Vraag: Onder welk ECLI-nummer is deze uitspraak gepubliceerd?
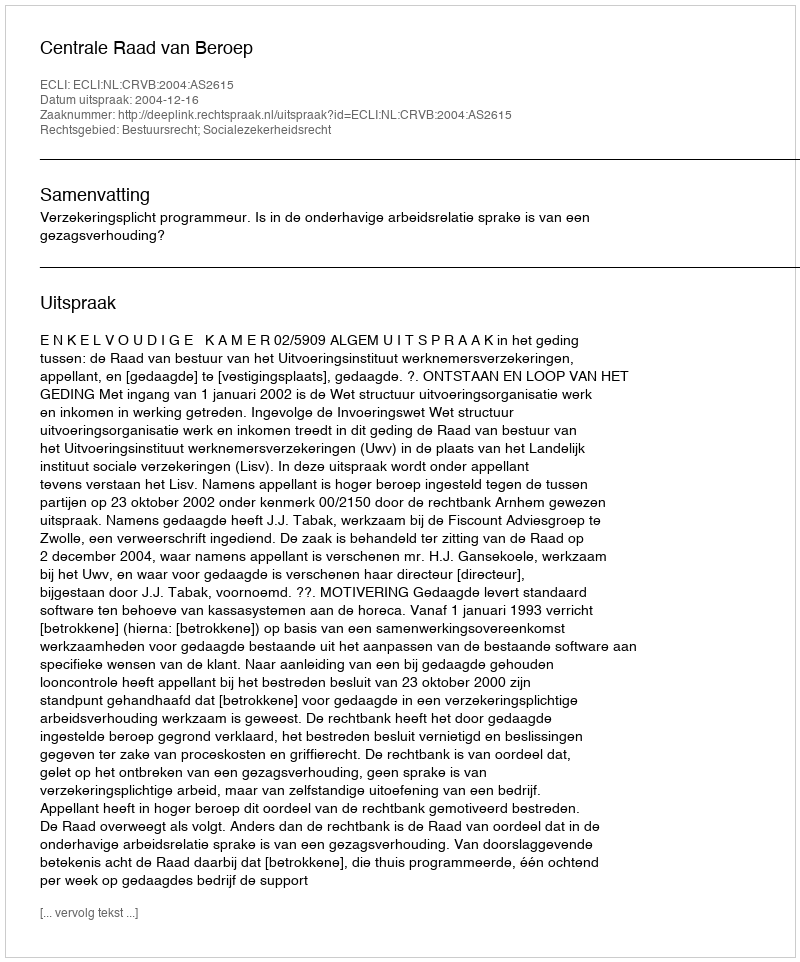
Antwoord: ECLI:NL:CRVB:2004:AS2615